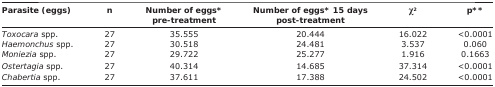
| Parasite (eggs) | n | Number of eggs* pre-treatment | Number of eggs* 15 days post-treatment | χ2 | p** |
 | --- | --- | --- | --- | --- | --- |
 | Toxocara spp. | 27 | 35.555 | 20.444 | 16.022 | <0.0001 |
 | Haemonchus spp. | 27 | 30.518 | 24.481 | 3.537 | 0.060 |
 | Moniezia spp. | 27 | 29.722 | 25.277 | 1.916 | 0.1663 |
 | Ostertagia spp. | 27 | 40.314 | 14.685 | 37.314 | <0.0001 |
 | Chabertia spp. | 27 | 37.611 | 17.388 | 24.502 | <0.0001 |